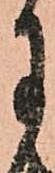
月